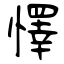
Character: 懌